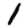
Digit: 1